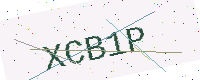
Text: XCB1P